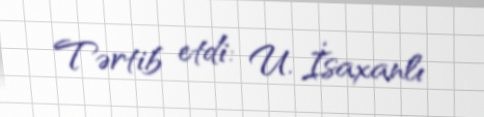
Tərtib etdi: U. İsaxanlı